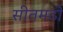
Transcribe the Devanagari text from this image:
सीतमढी